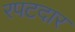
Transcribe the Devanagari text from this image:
रपटदार